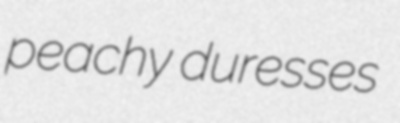
peachy duresses